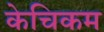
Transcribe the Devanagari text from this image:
केचिकम